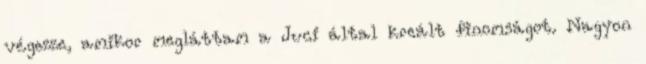
végezze, amikor megláttam a Juci által kreált finomságot. Nagyon